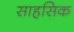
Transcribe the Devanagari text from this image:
साहसिक